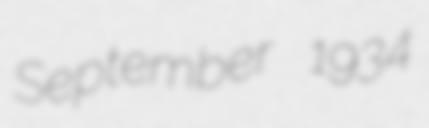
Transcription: September 1934